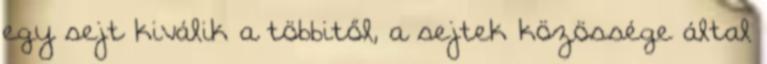
egy sejt kiválik a többitől, a sejtek közössége által